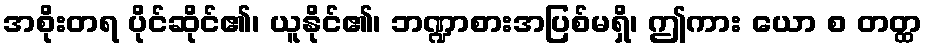
အစိုးတရ ပိုင်ဆိုင်၏၊ ယူနိုင်၏၊ ဘဏ္ဍာစားအပြစ်မရှိ၊ ဤကား ယော စ တတ္ထ